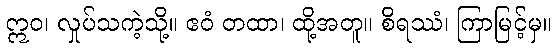
ဣဝ၊ လှုပ်သကဲ့သို့။ ဧဝံ တထာ၊ ထို့အတူ။ စိရဿံ၊ ကြာမြင့်မှ။